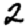
Digit: 2